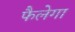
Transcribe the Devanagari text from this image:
फैलेगा